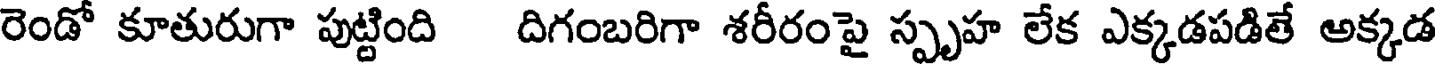
రెండో కూతురుగా పుట్టింది దిగంబరిగా శరీరంపై స్పృహ లేక ఎక్కడపడితే అక్కడ